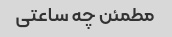
مطمئن چه ساعتی